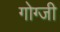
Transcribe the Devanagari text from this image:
गोग्जी